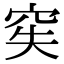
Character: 𥥌